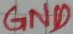
Text: GND